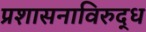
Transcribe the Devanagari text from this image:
प्रशासनाविरुद्ध